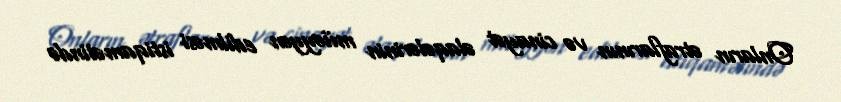
Onların ətraflarının və cinayət əlaqələrinin müəyyən edilməsi istiqamətində